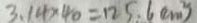
3 . 1 4 \times 4 0 = 1 2 5 . 6 ( c m ^ { 2 } )